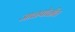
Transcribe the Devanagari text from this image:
जाळपोळीत